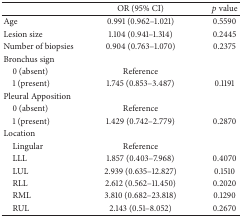
<table><thead><tr><td>[EMPTY_CELL]</td><td><b>OR (95% CI)</b></td><td><b><i>p</i> value</b></td></tr></thead><tbody><tr><td>Age</td><td>0.991 (0.962–1.021)</td><td>0.5590</td></tr><tr><td>Lesion size</td><td>1.104 (0.941–1.314)</td><td>0.2445</td></tr><tr><td>Number of biopsies</td><td>0.904 (0.763–1.070)</td><td>0.2375</td></tr><tr><td>Bronchus sign</td><td>[EMPTY_CELL]</td><td>[EMPTY_CELL]</td></tr><tr><td> 0 (absent)</td><td>Reference</td><td>[EMPTY_CELL]</td></tr><tr><td> 1 (present)</td><td>1.745 (0.853–3.487)</td><td>0.1191</td></tr><tr><td>Pleural Apposition</td><td>[EMPTY_CELL]</td><td>[EMPTY_CELL]</td></tr><tr><td> 0 (absent)</td><td>Reference</td><td>[EMPTY_CELL]</td></tr><tr><td> 1 (present)</td><td>1.429 (0.742–2.779)</td><td>0.2870</td></tr><tr><td>Location</td><td>[EMPTY_CELL]</td><td>[EMPTY_CELL]</td></tr><tr><td> Lingular</td><td>Reference</td><td>[EMPTY_CELL]</td></tr><tr><td> LLL</td><td>1.857 (0.403–7.968)</td><td>0.4070</td></tr><tr><td> LUL</td><td>2.939 (0.635–12.827)</td><td>0.1510</td></tr><tr><td> RLL</td><td>2.612 (0.562–11.450)</td><td>0.2020</td></tr><tr><td> RML</td><td>3.810 (0.682–23.818)</td><td>0.1290</td></tr><tr><td> RUL</td><td>2.143 (0.51–8.052)</td><td>0.2670</td></tr></tbody></table>